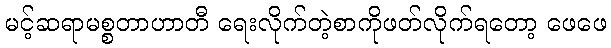
မင့်ဆရာမစ္စတာဟာတီ ရေးလိုက်တဲ့စာကိုဖတ်လိုက်ရတော့ ဖေဖေ